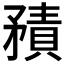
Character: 𥎍